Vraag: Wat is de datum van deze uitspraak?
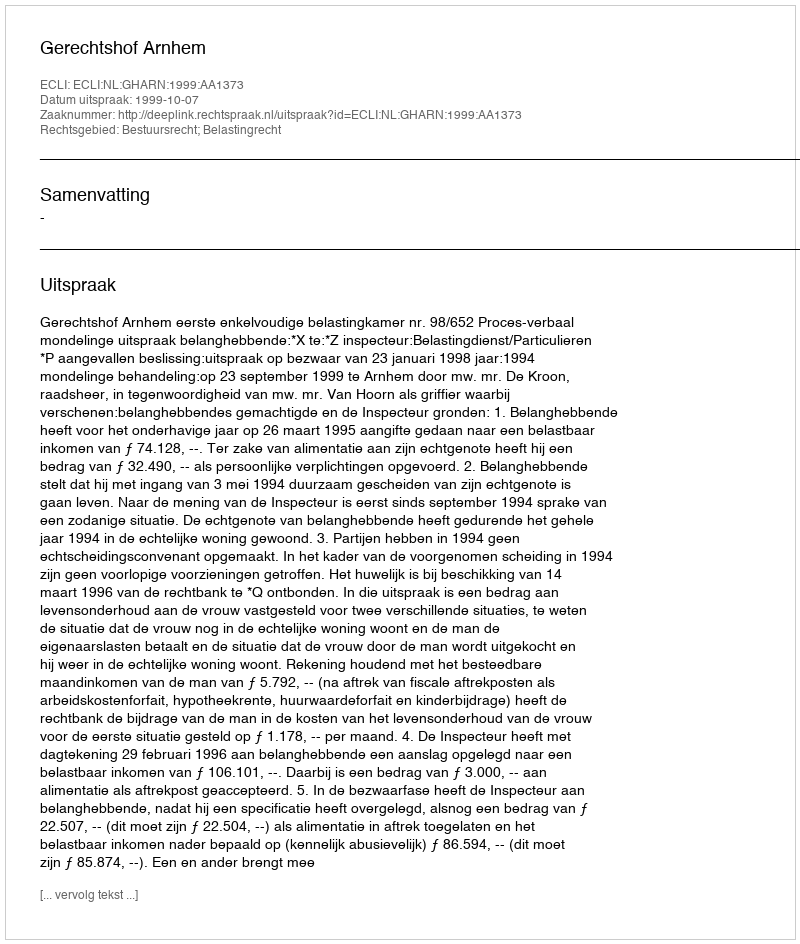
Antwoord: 1999-10-07